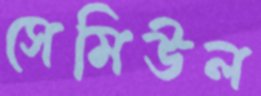
সেমিউল